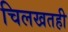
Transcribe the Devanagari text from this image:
चिलखतही